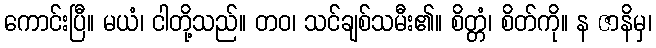
ကောင်းပြီ။ မယံ၊ ငါတို့သည်။ တဝ၊ သင်ချစ်သမီး၏။ စိတ္တံ၊ စိတ်ကို။ န ဇာနိမှ၊